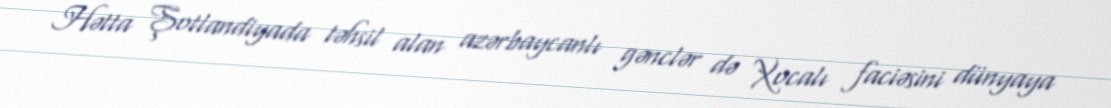
Hətta Şotlandiyada təhsil alan azərbaycanlı gənclər də Xocalı faciəsini dünyaya